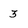
Character: 3